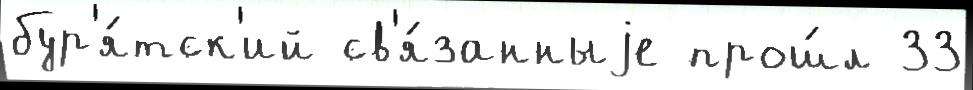
бур'я́тск'ий св'я́занныjе прош́л 33